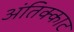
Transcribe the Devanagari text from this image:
अंतिक्काट